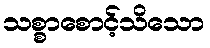
သစ္စာစောင့်သိသော